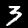
Label: 3